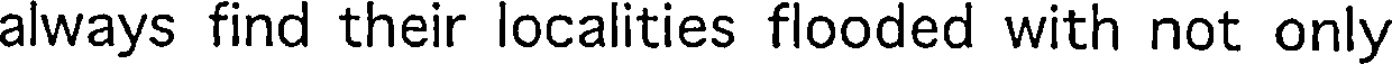
always find their localities flooded with not only